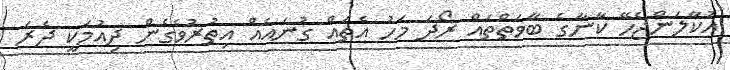
އުކާލަންޖެހޭ ކާނާގެ ބާވަތްތައް ރޯދަ މަހު އެތައް ގުނައެއް އިތުރުވެގެން ދިއުމަކީ ދެރަ